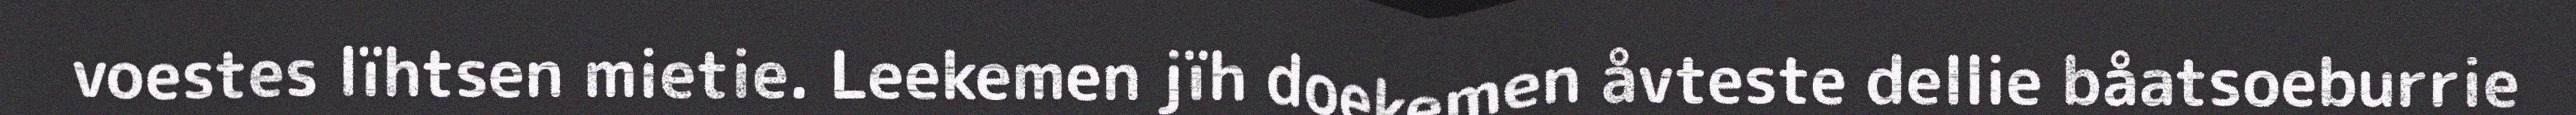
voestes lïhtsen mietie. Leekemen jïh doekemen åvteste dellie båatsoeburrie